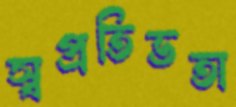
স্বপ্রতিভতা